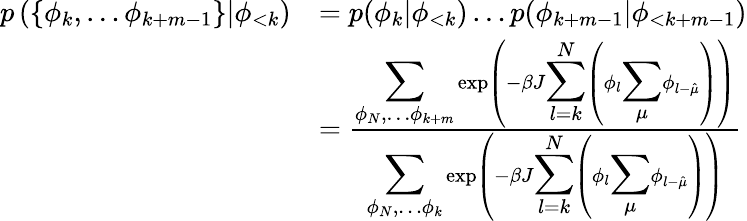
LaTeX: \begin{array}{rl}{p\left(\left\{ \phi_{k},\dots\phi_{k+m-1}\right\} |\phi_{<k}\right)}&{=p(\phi_{k}|\phi_{<k})\dots p(\phi_{k+m-1}|\phi_{<k+m-1})}\\ &{=\frac{{\displaystyle\sum_{\phi_{N},\dots\phi_{k+m}}}\exp\left(-\beta J{\displaystyle\sum_{l=k}^{N}}\left(\phi_{l}{\displaystyle\sum_{\mu}}\phi_{l-\hat{\mu}}\right)\right)}{{\displaystyle\sum_{\phi_{N},\dots\phi_{k}}}\exp\left(-\beta J{\displaystyle\sum_{l=k}^{N}}\left(\phi_{l}{\displaystyle\sum_{\mu}}\phi_{l-\hat{\mu}}\right)\right)}}\end{array}